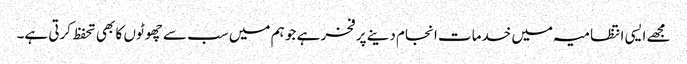
مجھے ایسی انتظامیہ میں خدمات انجام دینے پر فخر ہے جو ہم میں سب سے چھوٹوں کا بھی تحفظ کرتی ہے۔